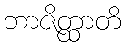
ဘာဇိတ္ထာတိ